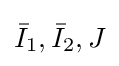
{\bar {I}}_{1},{\bar {I}}_{2},J